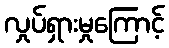
လှုပ်ရှားမှုကြောင့်